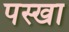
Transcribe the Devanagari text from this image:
पस्खा